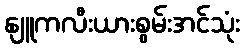
နျူကလီးယားစွမ်းအင်သုံး